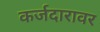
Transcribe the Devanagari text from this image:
कर्जदारावर